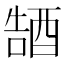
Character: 𮠭